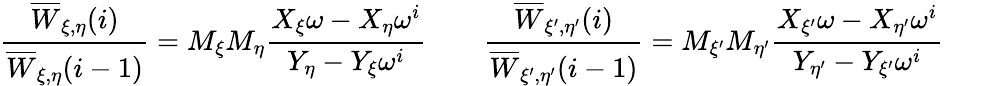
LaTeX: \frac{\overline{{{W}}}_{\xi,\eta}(i)}{\overline{{{W}}}_{\xi,\eta}(i-1)}=M_{\xi}M_{\eta}\frac{X_{\xi}\omega-X_{\eta}\omega^{i}}{Y_{\eta}-Y_{\xi}\omega^{i}}\qquad\frac{\overline{{{W}}}_{\xi^{\prime},\eta^{\prime}}(i)}{\overline{{{W}}}_{\xi^{\prime},\eta^{\prime}}(i-1)}=M_{\xi^{\prime}}M_{\eta^{\prime}}\frac{X_{\xi^{\prime}}\omega-X_{\eta^{\prime}}\omega^{i}}{Y_{\eta^{\prime}}-Y_{\xi^{\prime}}\omega^{i}}\qquad